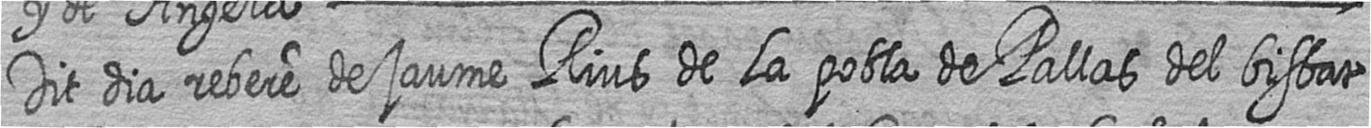
Dit dia rebere de jaume Rius de La pobla de Pallas del bisbat